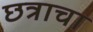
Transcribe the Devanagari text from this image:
छत्राचा